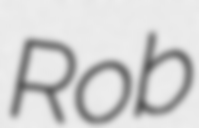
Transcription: Rob